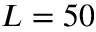
L = 5 0